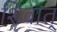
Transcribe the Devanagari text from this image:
शिवात्